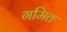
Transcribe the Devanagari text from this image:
गमित